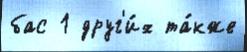
бас 1 друг'и́х та́кже